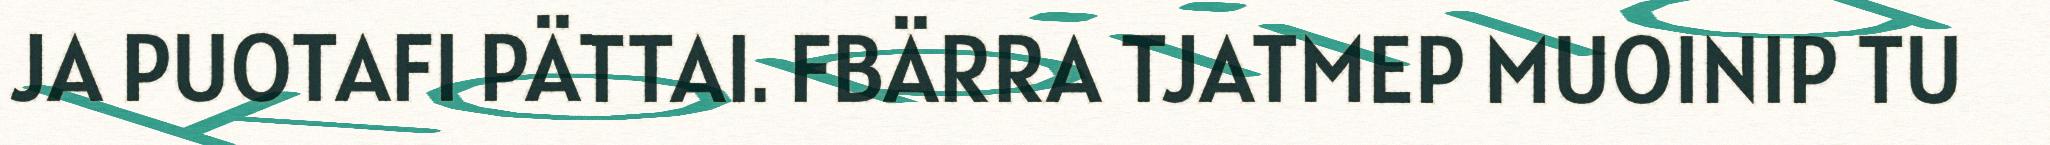
JA PUOTAFI PÄTTAI. FBÄRRA TJATMEP MUOINIP TU